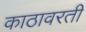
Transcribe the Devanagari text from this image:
काठावरती